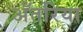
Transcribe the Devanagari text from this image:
अँतरिया